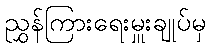
ညွှန်ကြားရေးမှူးချုပ်မှ